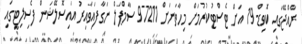
ރާއްޖޭގައި ކޮވިޑް-19 އަށް ޓެސްޓުކުރުމަށް މިހާތަނަށް 97211 ސާމްޕަލް ނަގާފައިވާއިރު އައިސޮލޭޝަން ފެސިލިޓީގައި